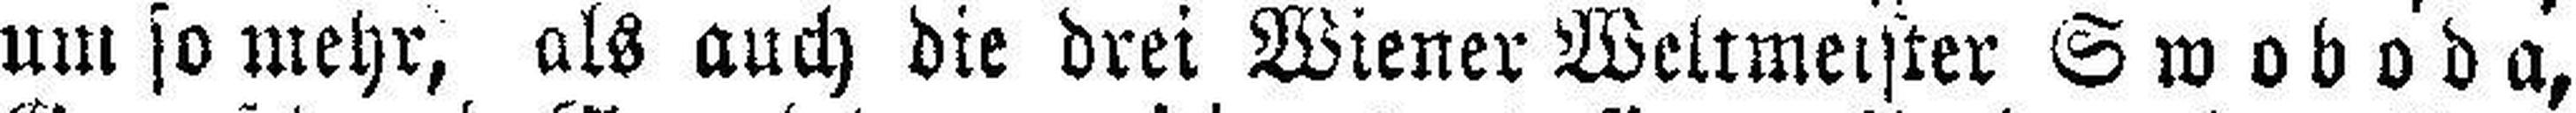
um so mehr, als auch die drei Wiener Weltmeister Swoboda,